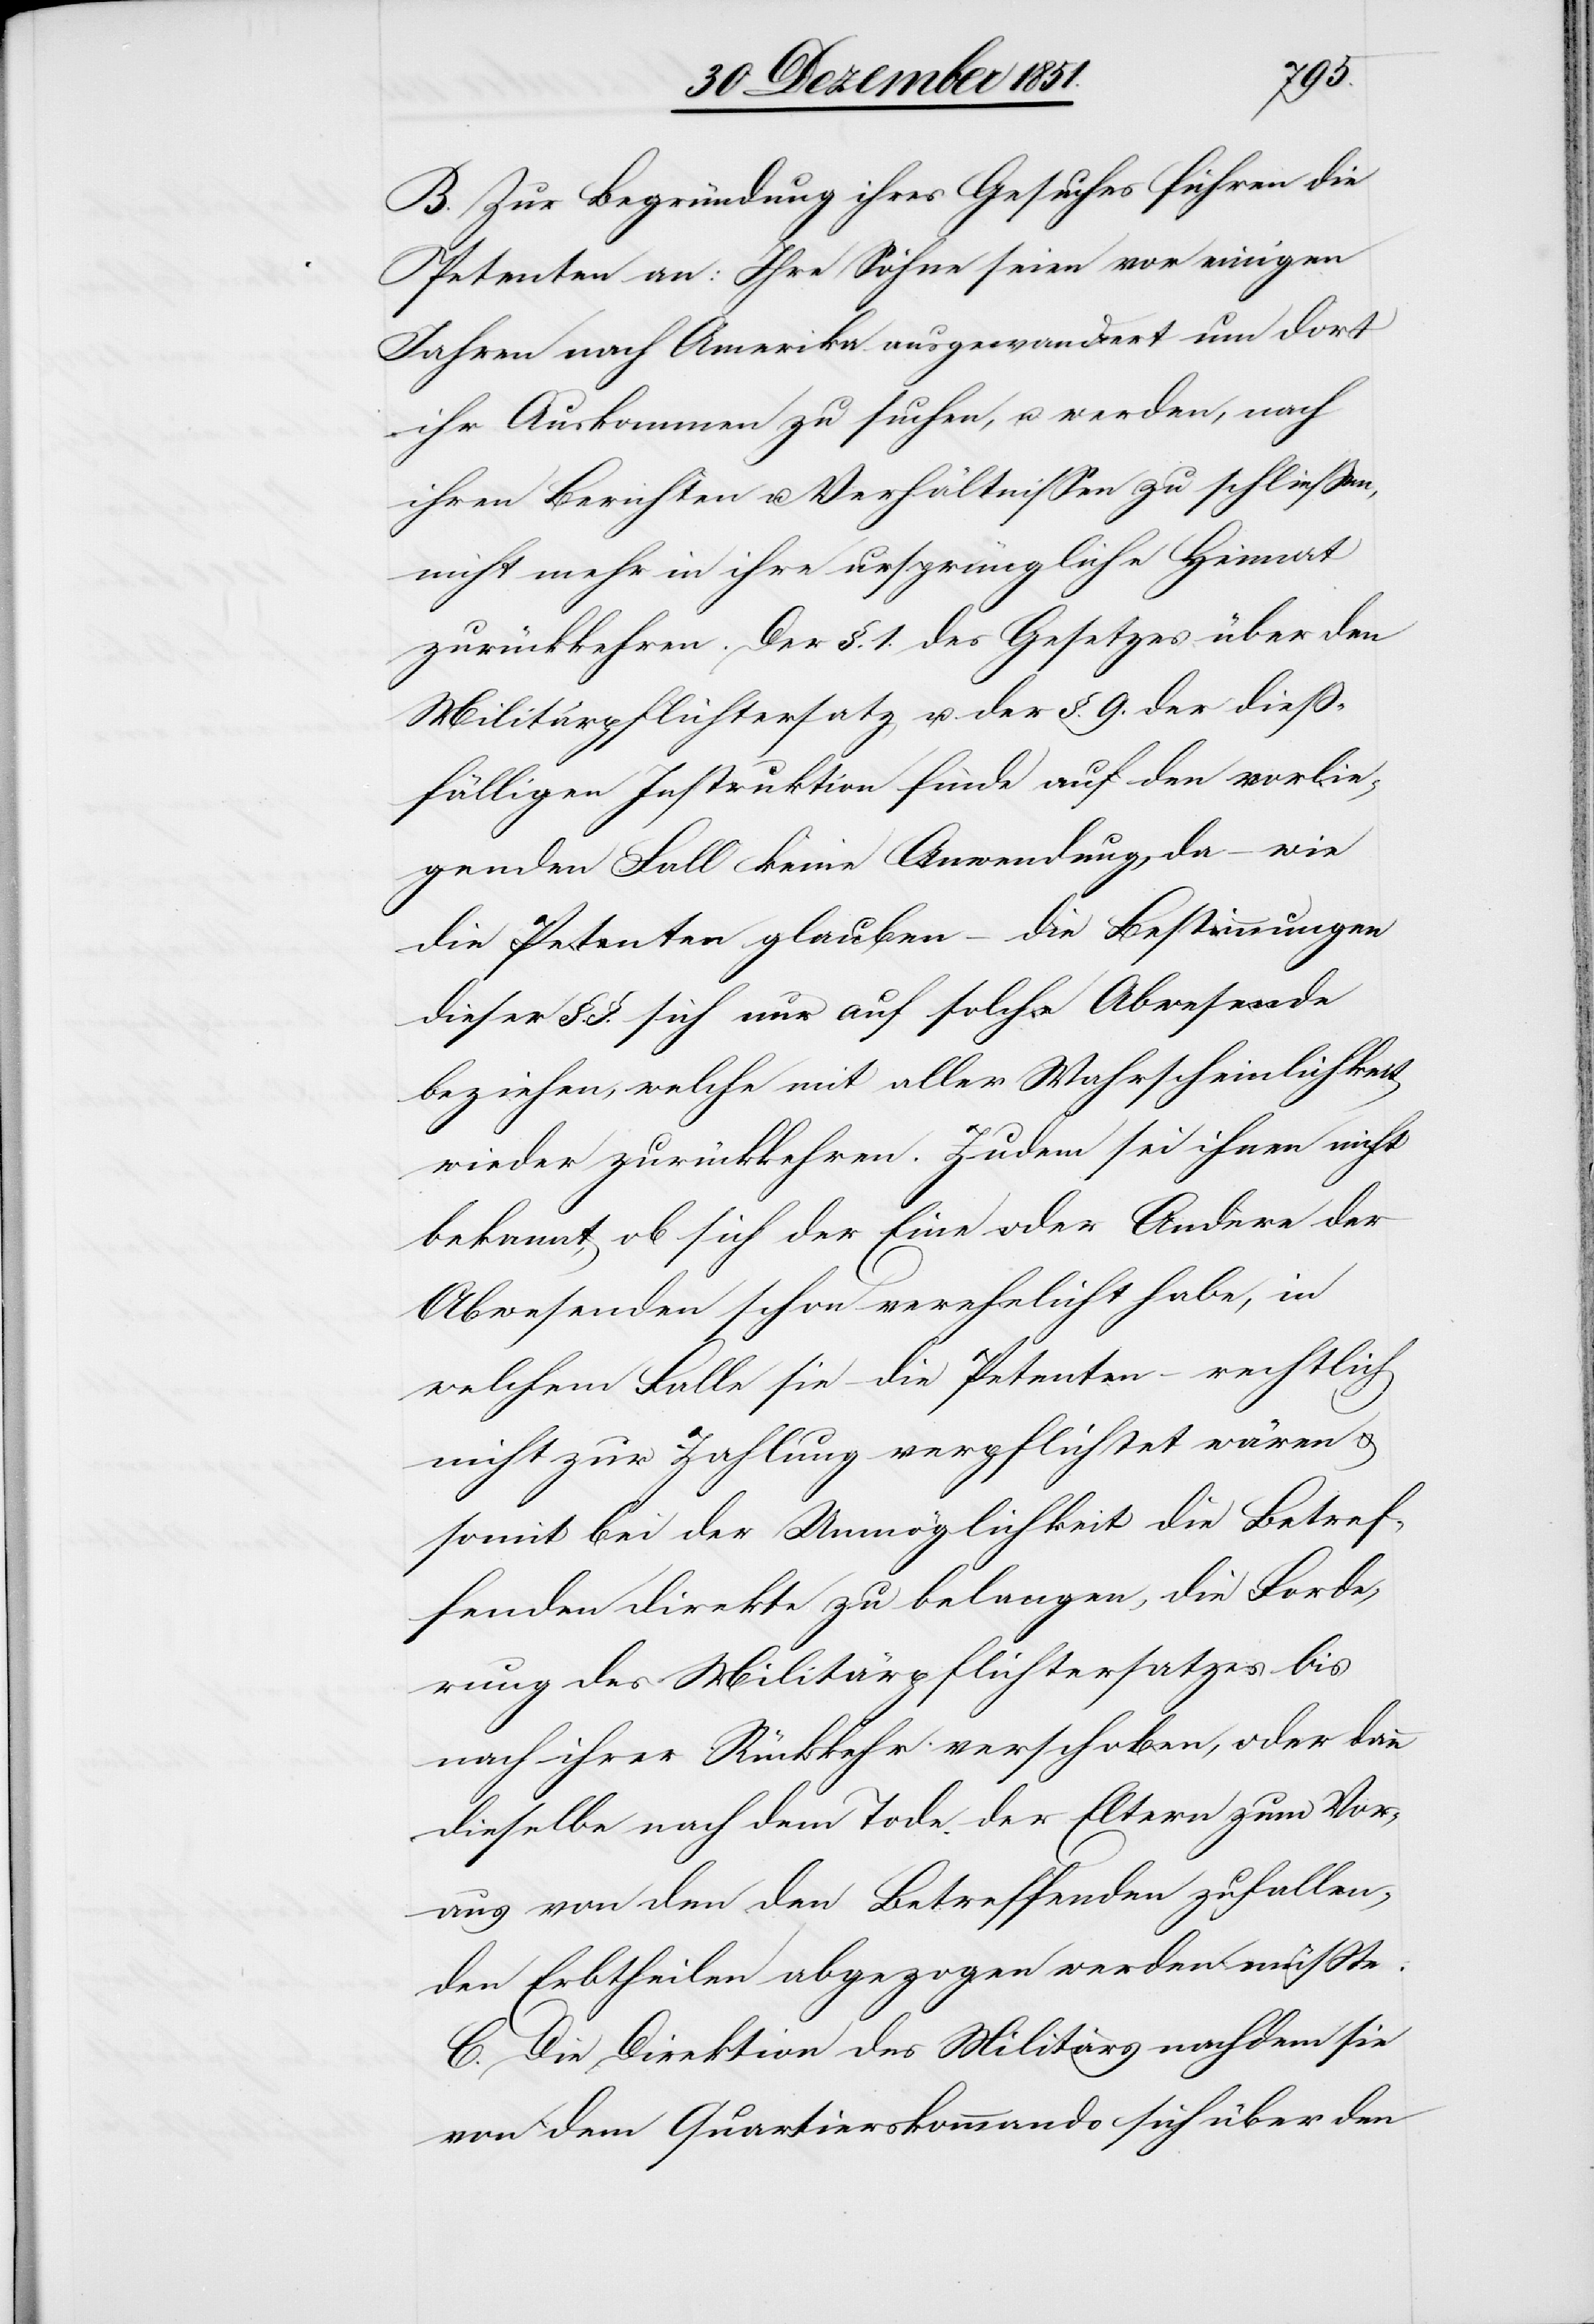
B. Zur Begründung ihres Gesuches führen die
Petenten an: Ihre Söhne seien vor einigen
Jahren nach Amerika ausgewandert um dort
ihr Auskommen zu suchen, u. werden, nach
ihren Berichten u. Verhältnissen zu schließen,
nicht mehr in ihre ursprüngliche Heimat
zurückkehren. Der §. 1. des Gesetzes über den
Militärpflichtersatz u. der §. 9. der dieß¬
fälligen Instruktion finde auf den vorlie¬
genden Fall keine Anwendung, da – wie
die Petenten glauben – die Bestimmungen
dieser §.§. sich nur auf solche Abwesende
beziehen, welche mit aller Wahrscheinlichkeit
wieder zurückkehren. Zudem sei ihnen nicht
bekannt, ob sich der Eine oder Andere der
Abwesenden schon verehelicht habe, in
welchem Falle sie – die Petenten – rechtlich
nicht zur Zahlung verpflichtet wären &
somit bei der Unmöglichkeit die Betref¬
fenden direkte zu belangen, die Forde¬
rung des Militärpflichtersatzes bis
nach ihrer Rückkehr verschoben, oder dann
dieselbe nach dem Tode der Eltern zum Vor¬
aus von den den Betreffenden zufallen¬
den Erbtheilen abgezogen werden müßte.
C. Die Direktion des Militärs nachdem sie
von dem Quartierskommando sich über den